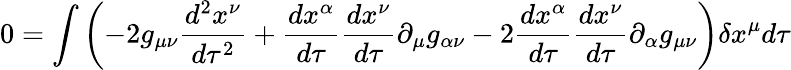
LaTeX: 0=\int\left(-2g_{\mu\nu}{\frac{d^{2}x^{\nu}}{d\tau^{2}}}+{\frac{dx^{\alpha}}{d\tau}}{\frac{dx^{\nu}}{d\tau}}\partial_{\mu}g_{\alpha\nu}-2{\frac{dx^{\alpha}}{d\tau}}{\frac{dx^{\nu}}{d\tau}}\partial_{\alpha}g_{\mu\nu}\right)\delta x^{\mu}d\tau